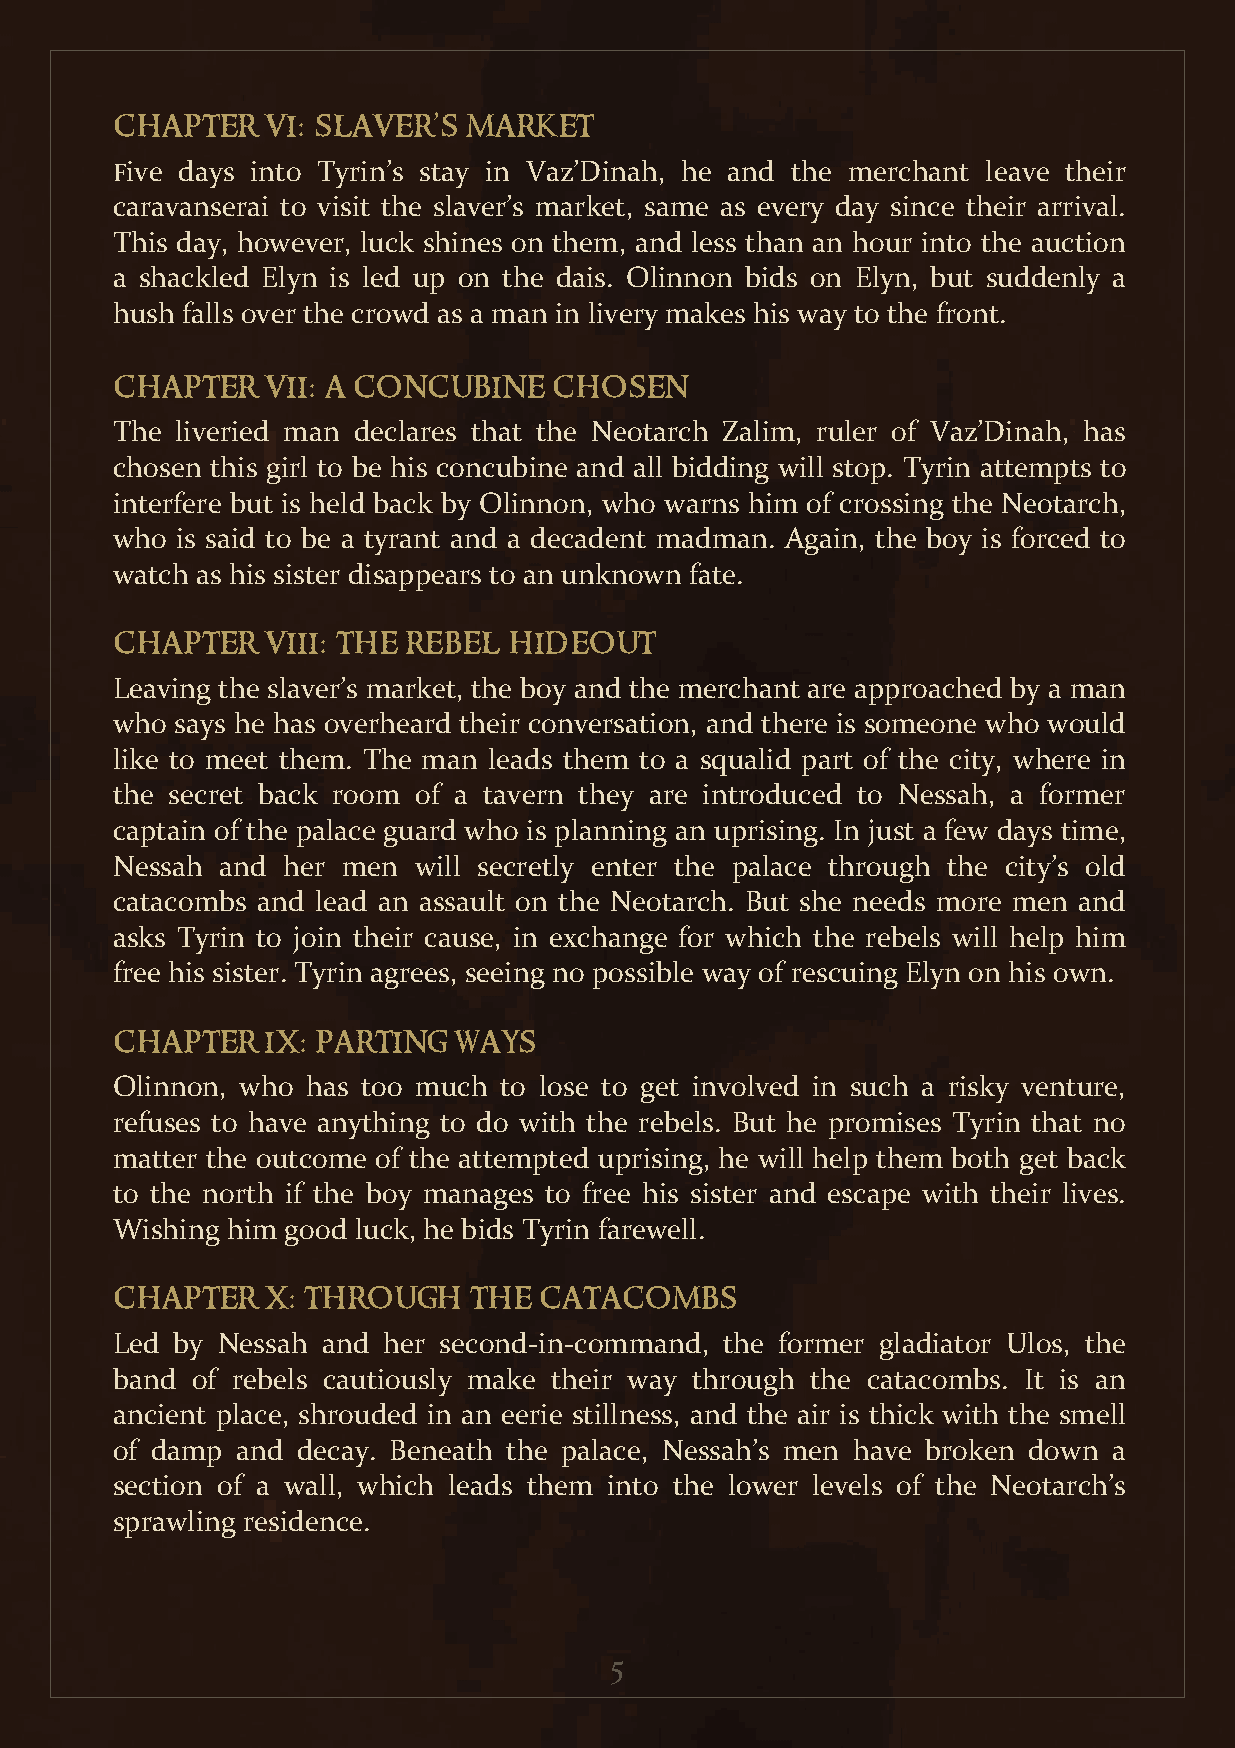
chapter   vi: slaver’s  market
 Five days into Tyrin’s stay in Vaz’Dinah, he and the merchant leave their
 caravanserai to visit the slaver’s market, same as every day since their arrival.
 This day, however, luck shines on them, and less than an hour into the auction
 a shackled Elyn is led up on the dais. Olinnon bids on Elyn, but suddenly a
 hush falls over the crowd as a man in livery makes his way to the front.
 chapter   vii: a concubine    chosen
 The  liveried man declares that the Neotarch Zalim, ruler of Vaz’Dinah, has
 chosen this girl to be his concubine and all bidding will stop. Tyrin attempts to
 interfere but is held back by Olinnon, who warns him of crossing the Neotarch,
 who  is said to be a tyrant and a decadent madman. Again, the boy is forced to
 watch as his sister disappears to an unknown fate.
 chapter   viii: the rebel  hideout
 Leaving the slaver’s market, the boy and the merchant are approached by a man
 who  says he has overheard their conversation, and there is someone who would
 like to meet them. The man leads them to a squalid part of the city, where in
 the secret back room of a tavern they are introduced to Nessah, a former
 captain of the palace guard who is planning an uprising. In just a few days time,
 Nessah  and her men will secretly enter the palace through the city’s old
 catacombs and lead an assault on the Neotarch. But she needs more men and
 asks Tyrin to join their cause, in exchange for which the rebels will help him
 free his sister. Tyrin agrees, seeing no possible way of rescuing Elyn on his own.
 chapter   ix: parting  ways
 Olinnon, who has too much to lose to get involved in such a risky venture,
 refuses to have anything to do with the rebels. But he promises Tyrin that no
 matter the outcome of the attempted uprising, he will help them both get back
 to the north if the boy manages to free his sister and escape with their lives.
 Wishing him good luck, he bids Tyrin farewell.
 chapter   x: through    the  catacombs
 Led by Nessah and her second-in-command, the former gladiator Ulos, the
 band  of rebels cautiously make their way through the catacombs. It is an
 ancient place, shrouded in an eerie stillness, and the air is thick with the smell
 of damp  and decay. Beneath the palace, Nessah’s men have broken down a
 section of a wall, which leads them into the lower levels of the Neotarch’s
 sprawling residence.
 5